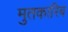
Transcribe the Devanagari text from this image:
मुतकारिब